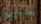
بدراسة